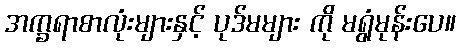
အက္ခရာစာလုံးများနှင့် ပုဒ်မများ ကို မရွံမုန်းပေ။